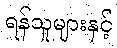
ရန်သူများနှင့်